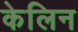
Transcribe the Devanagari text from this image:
केलिन